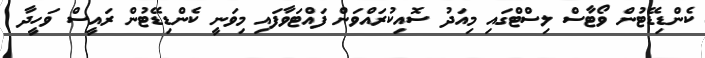
ކެންޑިޑޭޓުން ވޯޓާސް ލިސްޓްގައި މިއަދު ސޮއިކުރައްވަން ފައްޓަވާފައި މިވަނީ ކެންޑިޑޭޓުން ރައީސް ވަހީދާ